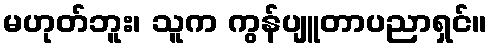
မဟုတ်ဘူး၊ သူက ကွန်ပျူတာပညာရှင်။